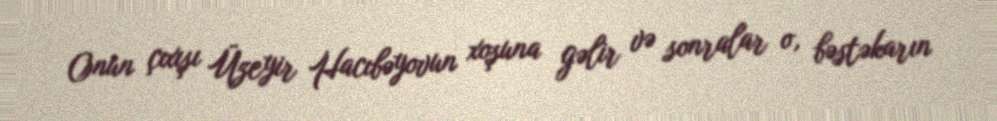
Onun çıxışı Üzeyir Hacıbəyovun xoşuna gəlir və sonralar o, bəstəkarın